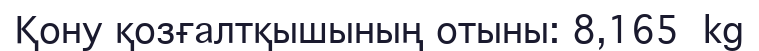
Қону қозғалтқышының отыны: 8,165 kg